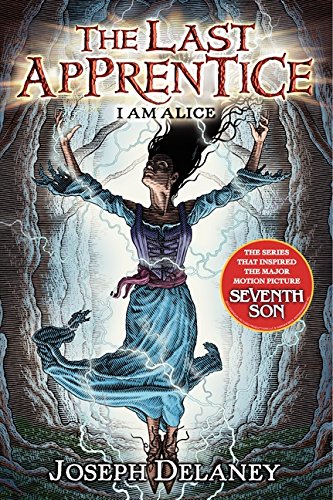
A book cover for The Last Apprentice: I Am Alice (Book 12); Joseph Delaney; Teen & Young Adult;